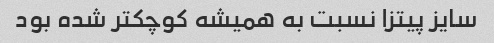
سایز پیتزا نسبت به همیشه کوچکتر شده بود